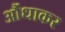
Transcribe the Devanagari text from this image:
औंधाकर